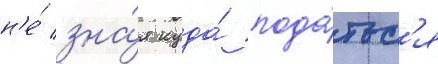
н'е́ зна́я куда́ пода́тьс'я